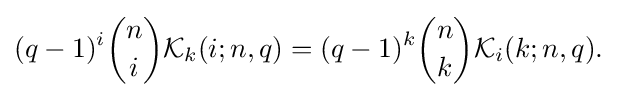
{\begin{aligned}(q-1)^{i}{n \choose i}{\mathcal {K}}_{k}(i;n,q)=(q-1)^{k}{n \choose k}{\mathcal {K}}_{i}(k;n,q).\end{aligned}}